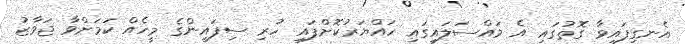
އެނގިފައިވާ ގޮތުގައި އެ މައްސަލައިގައި ހައްޔަރުކޮށްފައި ހުރި ސިފައިންގެ މީހެއް ކަމަށްވާ ޖަވާޒު